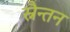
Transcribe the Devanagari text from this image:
स्नैन्तन